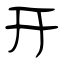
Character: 开